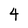
Character: 4